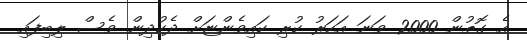
އެ ގޮތުން 2000 ވަނަ އަހަރު ކުރި ކައިވެންޏަށް ދެކުދިން ވެސް ލިބިފައި